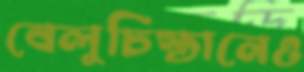
বেলুচিস্তানেও